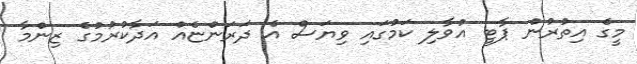
މީގެ އިތުރުން ޕާޓީ އުވާލި ކަމުގައި ވިޔަސް އެ ދަރަންޏެއް އަދާކުރުމުގެ ޒިންމާ